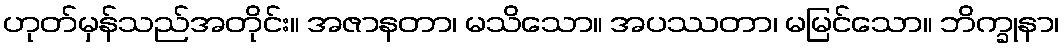
ဟုတ်မှန်သည်အတိုင်း။ အဇာနတာ၊ မသိသော။ အပဿတာ၊ မမြင်သော။ ဘိက္ခုနာ၊